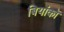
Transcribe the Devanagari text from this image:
बियांको